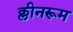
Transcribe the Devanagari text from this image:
क्लीनरूम